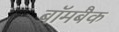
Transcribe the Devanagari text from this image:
बॉमबैक